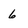
Character: 6